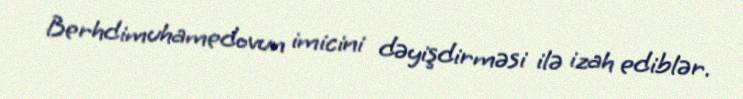
Berhdimuhamedovun imicini dəyişdirməsi ilə izah ediblər.